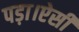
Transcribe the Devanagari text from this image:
पड़ा।ऐसी